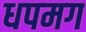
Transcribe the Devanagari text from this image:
धपमग